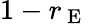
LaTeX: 1-r_{\mathrm{~E~}}